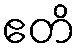
ဧတိ